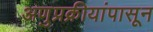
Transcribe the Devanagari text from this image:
अणुप्रक्रीयांपासून